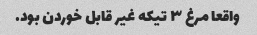
واقعا مرغ ۳ تیکه غیر قابل خوردن بود.